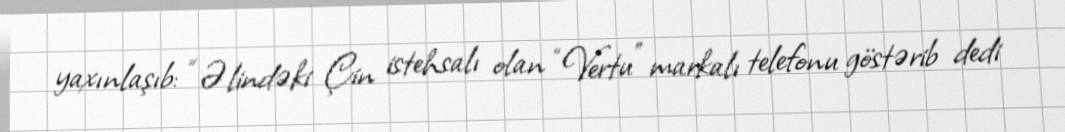
yaxınlaşıb: “Əlindəki Çin istehsalı olan “Vertu” markalı telefonu göstərib dedi